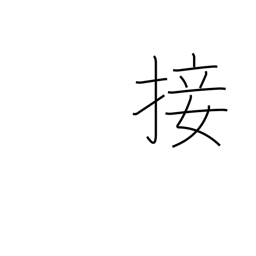
Meaning: contact